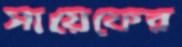
সায়েফের